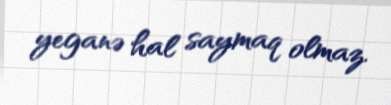
yeganə hal saymaq olmaz.